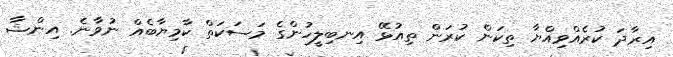
އިރާދަ ކުރެއްވިއްޔާ ތިކަން ކުރަން ތިއުޅޭ އިނބިލީހުންގެ މަސަކަތް ކާމިޔާބެއް ނުވާނެ. އިންޝާ